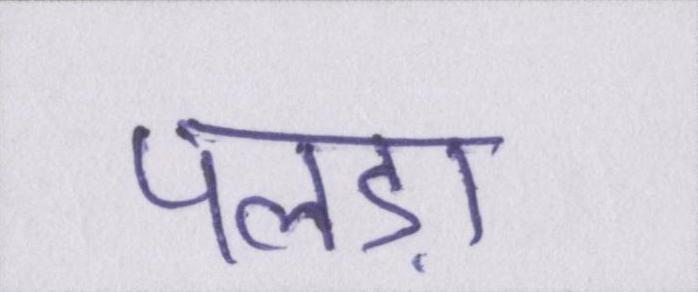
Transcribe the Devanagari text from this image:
पलड़ा